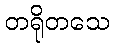
တရိုတသေ